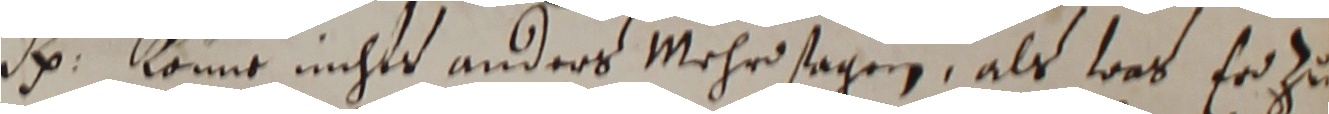
R. konne nichts anders mehrsagen, als was er zu